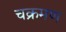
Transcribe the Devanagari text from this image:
चक्रमण